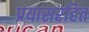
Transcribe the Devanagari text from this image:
प्रयासरहित